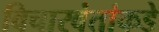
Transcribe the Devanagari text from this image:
विचारवंतांकडे